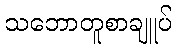
သဘောတူစာချူပ်